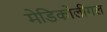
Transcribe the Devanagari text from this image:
मेडिकोलीगल